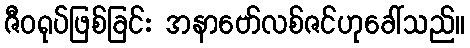
ဇီဝရုပ်ဖြစ်ခြင်း အနာဗော်လစ်ဇင်ဟုခေါ်သည်။